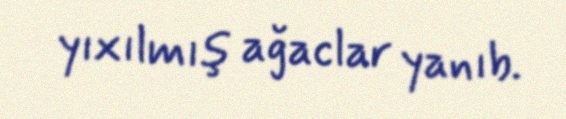
yıxılmış ağaclar yanıb.